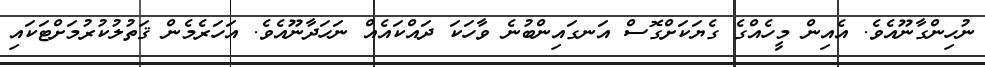
ނުހިންގާނޫއެވެ. އެއިން މީހެއްގެ ގެޔަކަށްގޮސް އަނގައިންބުނެ ވާހަކަ ދައްކައެއް ނަހަދާނޫއެވެ. އަހަރެމެން ޤަތުލުކުރުމަށްޓަކައި